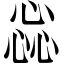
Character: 惢